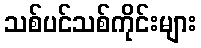
သစ်ပင်သစ်ကိုင်းများ